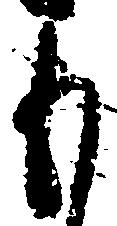
も